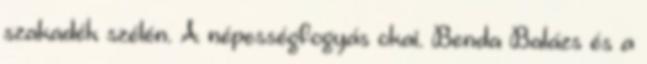
szakadék szélén. A népességfogyás okai. Benda Balázs és a